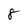
Character: 8